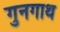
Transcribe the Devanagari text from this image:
गुनगाथ